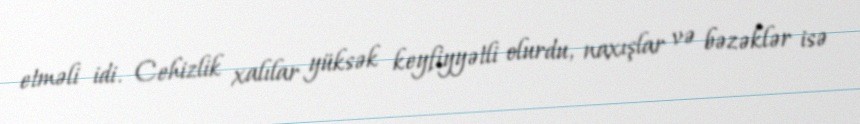
etməli idi. Cehizlik xalılar yüksək keyfiyyətli olurdu, naxışlar və bəzəklər isə